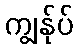
ကျွန်ုပ်